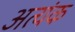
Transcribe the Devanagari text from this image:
अत्यंक